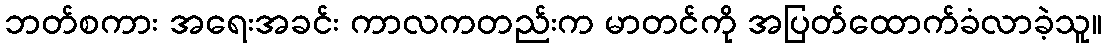
ဘတ်စကား အရေးအခင်း ကာလကတည်းက မာတင်ကို အပြတ်ထောက်ခံလာခဲ့သူ။